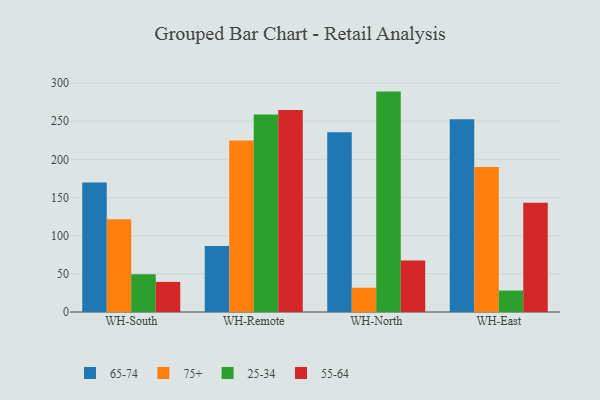
{"axis": {"x": "Warehouse", "y": "Latency (ms)"}, "legend": ["25-34", "55-64", "65-74", "75+"], "data": [{"x": "WH-South", "y": 169.7, "type": "65-74"}, {"x": "WH-South", "y": 121.4, "type": "75+"}, {"x": "WH-South", "y": 49.3, "type": "25-34"}, {"x": "WH-South", "y": 39.4, "type": "55-64"}, {"x": "WH-Remote", "y": 86.4, "type": "65-74"}, {"x": "WH-Remote", "y": 224.8, "type": "75+"}, {"x": "WH-Remote", "y": 258.8, "type": "25-34"}, {"x": "WH-Remote", "y": 264.5, "type": "55-64"}, {"x": "WH-North", "y": 235.4, "type": "65-74"}, {"x": "WH-North", "y": 31.8, "type": "75+"}, {"x": "WH-North", "y": 288.7, "type": "25-34"}, {"x": "WH-North", "y": 67.3, "type": "55-64"}, {"x": "WH-East", "y": 252.4, "type": "65-74"}, {"x": "WH-East", "y": 189.9, "type": "75+"}, {"x": "WH-East", "y": 28.1, "type": "25-34"}, {"x": "WH-East", "y": 143.2, "type": "55-64"}]}